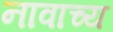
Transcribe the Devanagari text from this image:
नावाच्य